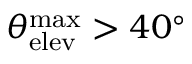
\theta _ { \mathrm { e l e v } } ^ { \mathrm { m a x } } > 4 0 ^ { \circ }